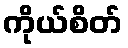
ကိုယ်စိတ်